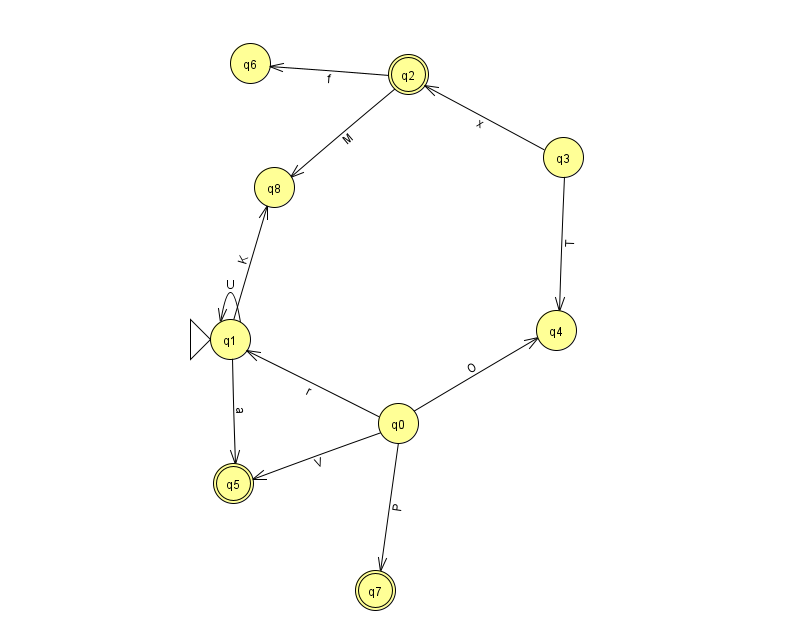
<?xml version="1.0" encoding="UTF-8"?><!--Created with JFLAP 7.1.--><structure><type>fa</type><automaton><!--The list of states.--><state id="0" name="q0"><x>398.0</x><y>410.0</y></state><state id="1" name="q1"><x>230.0</x><y>326.0</y><initial/></state><state id="2" name="q2"><x>408.0</x><y>61.0</y><final/></state><state id="3" name="q3"><x>563.0</x><y>144.0</y></state><state id="4" name="q4"><x>556.0</x><y>317.0</y></state><state id="5" name="q5"><x>233.0</x><y>470.0</y><final/></state><state id="6" name="q6"><x>250.0</x><y>50.0</y></state><state id="7" name="q7"><x>375.0</x><y>577.0</y><final/></state><state id="8" name="q8"><x>274.0</x><y>174.0</y></state><!--The list of transitions.--><transition><from>0</from><to>1</to><read>r</read></transition><transition><from>3</from><to>2</to><read>x</read></transition><transition><from>1</from><to>5</to><read>a</read></transition><transition><from>0</from><to>5</to><read>V</read></transition><transition><from>1</from><to>1</to><read>U</read></transition><transition><from>0</from><to>7</to><read>P</read></transition><transition><from>0</from><to>4</to><read>O</read></transition><transition><from>2</from><to>6</to><read>f</read></transition><transition><from>1</from><to>8</to><read>K</read></transition><transition><from>2</from><to>8</to><read>M</read></transition><transition><from>3</from><to>4</to><read>T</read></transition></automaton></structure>